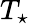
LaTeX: T_{\star}